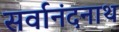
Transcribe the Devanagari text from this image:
सर्वानंदनाथ